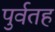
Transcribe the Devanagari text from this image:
पुर्वतह